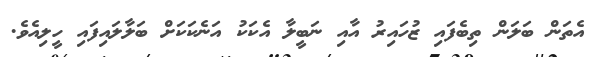
އެތަން ބަލަން ތިބެފައި ޒުހައިރު އާއި ނަބީލާ އެކަކު އަނެކަކަށް ބަލާލައިފައި ހީލިއެވެ.